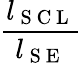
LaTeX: \frac{l_{\mathrm{~S~C~L~}}}{l_{\mathrm{~S~E~}}}